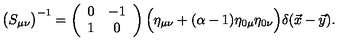
\bigl ( S _ { \mu \nu } \bigr ) ^ { - 1 } = \left( \begin{array} { c c } { 0 } & { - 1 } \\ { 1 } & { 0 } \\ \end{array} \right) \Bigl ( \eta _ { \mu \nu } + ( \alpha - 1 ) \eta _ { 0 \mu } \eta _ { 0 \nu } \Bigr ) \delta ( \vec { x } - \vec { y } ) .